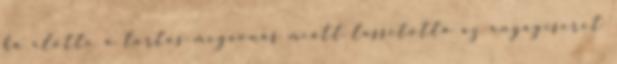
ha előtte a tartós megvonás miatt lassította az anyagcserét